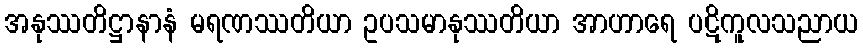
အနုဿတိဋ္ဌာနာနံ မရဏဿတိယာ ဥပသမာနုဿတိယာ အာဟာရေ ပဋိကူလသညာယ